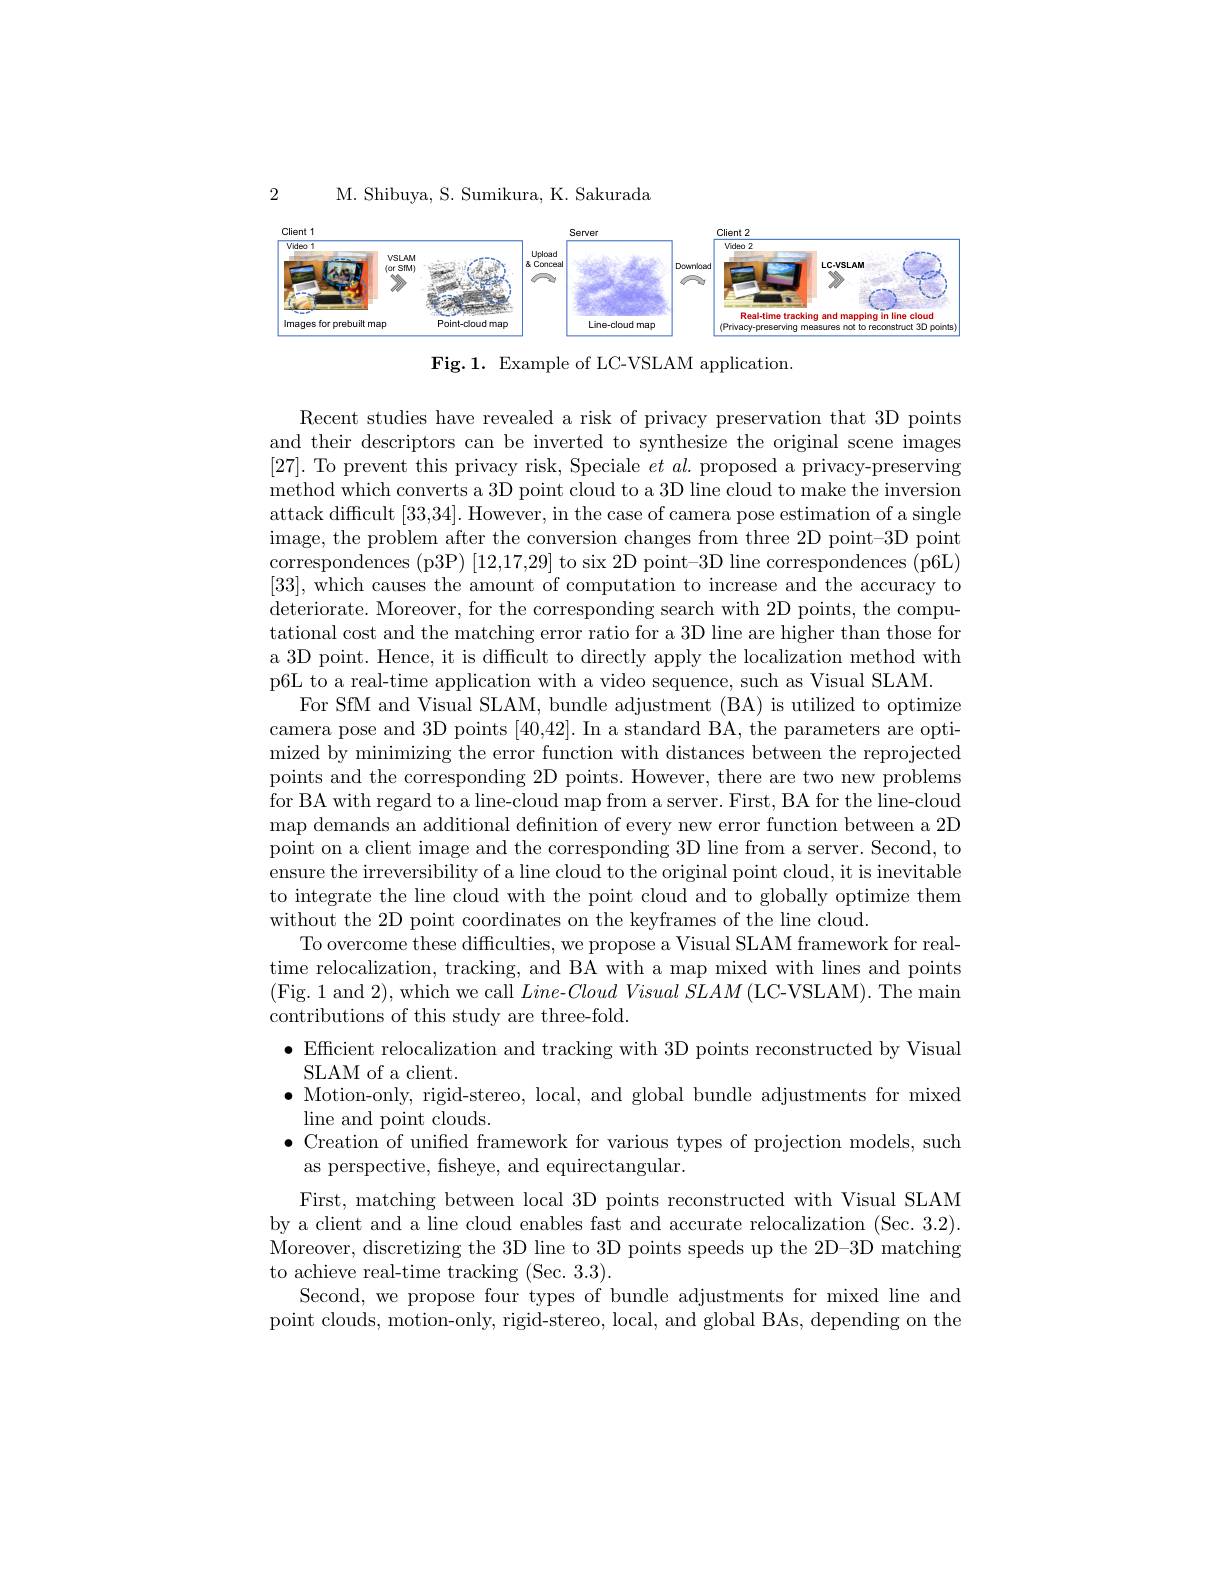
M. Shibuya, S. Sumikura, K. Sakurada

2

<FigureHere>

Fig.1. Example of LC-VSLAM application.

Recent studies have revealed a risk of privacy preservation that 3D points and their descriptors can be inverted to synthesize the original scene images [27]. To prevent this privacy risk, Speciale $et\textit{al. proposed a privacy- preserving}$ method which converts a 3D point cloud to a 3D line cloud to make the inversion attack difficult [33,34]. However, in the case of camera pose estimation of a single image, the problem after the conversion changes from three 2D point-3D point correspondences (p3P) [12,17,29] to six 2D point-3D line correspondences (p6L) [33], which causes the amount of computation to increase and the accuracy to deteriorate. Moreover, for the corresponding search with 2D points, the computational cost and the matching error ratio for a 3D line are higher than those for a 3D point. Hence, it is difficult to directly apply the localization method with p6L to a real-time application with a video sequence, such as Visual SLAM.
For SfM and Visual SLAM, bundle adjustment (BA) is utilized to optimize camera pose and 3D points [40,42]. In a standard BA, the parameters are optimized by minimizing the error function with distances between the reprojected points and the corresponding 2D points. However, there are two new problems for BA with regard to a line-cloud map from a server. First, BA for the line-cloud map demands an additional definition of every new error function between a 2D point on a client image and the corresponding 3D line from a server. Second, to ensure the irreversibility of a line cloud to the original point cloud, it is inevitable to integrate the line cloud with the point cloud and to globally optimize them without the 2D point coordinates on the keyframes of the line cloud.
To overcome these difficulties, we propose a Visual SLAM framework for realtime relocalization, tracking, and BA with a map mixed with lines and points (Fig. 1 and 2), which we call Line-$Cloud\textit{Visual SLAM ( LC- VSLAM) . The main}$ contributions of this study are three-fold.
$\bullet$ Efficient relocalization and tracking with 3D points reconstructed by Visual
SLAM of a client.
$\bullet$ Motion-only, rigid-stereo, local, and global bundle adjustments for mixed
line and point clouds.
$\bullet$ Creation of unified framework for various types of projection models, such
as perspective, fsheye, and equirectangular.
First, matching between local 3D points reconstructed with Visual SLAM by a client and a line cloud enables fast and accurate relocalization (Sec. 3.2). Moreover, discretizing the 3D line to 3D points speeds up the 2D-3D matching to achieve real-time tracking (Sec. 3.3).
Second, we propose four types of bundle adjustments for mixed line and point clouds, motion-only, rigid-stereo, local, and global BAs, depending on the